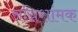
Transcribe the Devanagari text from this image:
अग्निशांमक